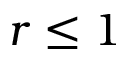
r \leq 1